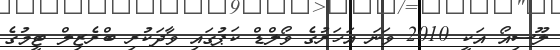
ލޫސިއޯ އަކީ 2010 ވަނަ އަހަރުގެ ވޯލްޑް ކަޕުގައި ވާދަކުރި ބްރެޒިލް ޓީމުގެ